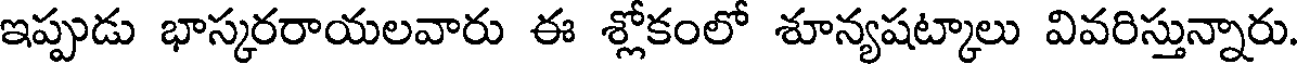
ఇప్పుడు భాస్కరరాయలవారు ఈ శ్లోకంలో శూన్యషట్కాలు వివరిస్తున్నారు.